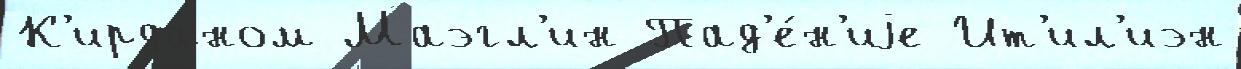
К'ирданом Маэгл'ин Пад'е́н'иjе Ит'ил'иэн